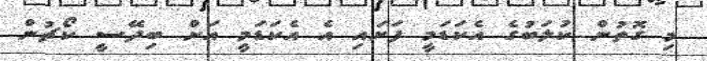
މި ގޮތުން ކުލަބުގެ އެކަޑަމީ ފަށައި އެ އެކަޑަމީ އަށް ބިދޭސީ ކޯޗުން